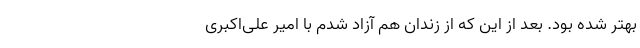
بهتر شده بود. بعد از این که از زندان هم آزاد شدم با امیر علی‌اکبری